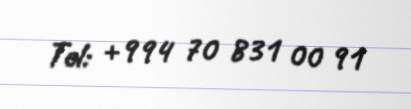
Tel: +994 70 831 00 91